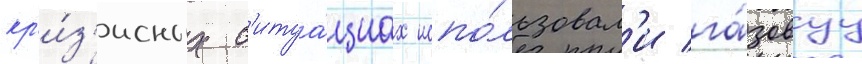
кр'и́з'исных с'итуа́циах испо́льзовал'и га́зовуу